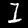
Label: 1